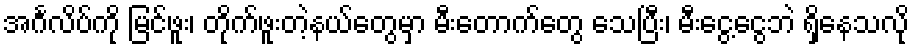
အင်္ဂလိပ်ကို မြင်ဖူး၊ တိုက်ဖူးတဲ့နယ်တွေမှာ မီးတောက်တွေ သေပြီး၊ မီးငွေ့ငွေဘဲ ရှိနေသလို